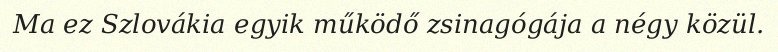
Ma ez Szlovákia egyik működő zsinagógája a négy közül.